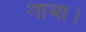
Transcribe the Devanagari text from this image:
गाभा।